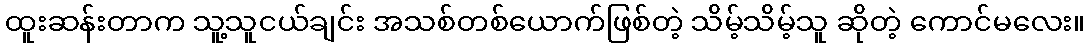
ထူးဆန်းတာက သူ့သူငယ်ချင်း အသစ်တစ်ယောက်ဖြစ်တဲ့ သိမ့်သိမ့်သူ ဆိုတဲ့ ကောင်မလေး။